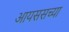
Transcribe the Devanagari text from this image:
आयससच्या